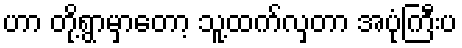
ဟာ တို့ရွာမှာတော့ သူ့ထက်လှတာ အပုံကြီးပ